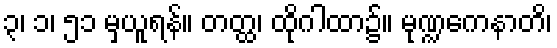
၃၊ ၁၊ ၅၁ မှယူရန်။ တတ္ထ၊ ထိုဂါထာ၌။ မုဏ္ဍကေနာတိ၊